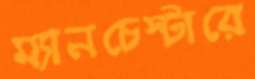
ম্যানচেস্টারে